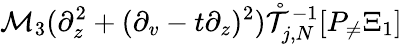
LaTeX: \mathcal{M}_{3}(\partial_{z}^{2}+(\partial_{v}-t\partial_{z})^{2})\mathring{\mathcal{T}}_{j,N}^{-1}[P_{\neq}\Xi_{1}]